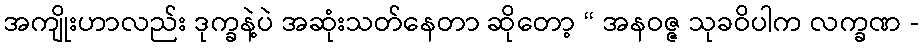
အကျိုးဟာလည်း ဒုက္ခနဲ့ပဲ အဆုံးသတ်နေတာ ဆိုတော့ “ အနဝဇ္ဇ သုခဝိပါက လက္ခဏ -